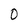
Character: O